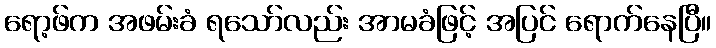
ရော့ဖ်က အဖမ်းခံ ရသော်လည်း အာမခံဖြင့် အပြင် ရောက်နေပြီ။